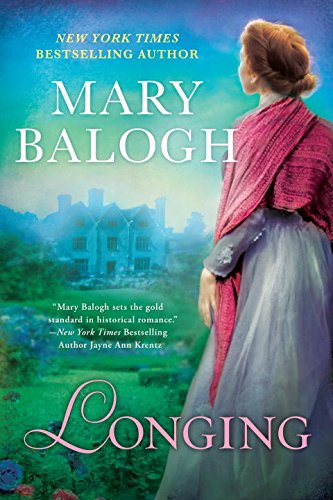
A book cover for Longing; Mary Balogh; Romance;